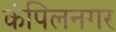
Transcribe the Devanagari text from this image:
कंपिलनगर